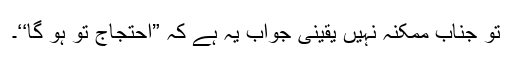
تو جناب ممکنہ نہیں یقینی جواب یہ ہے کہ ”احتجاج تو ہو گا‘‘۔